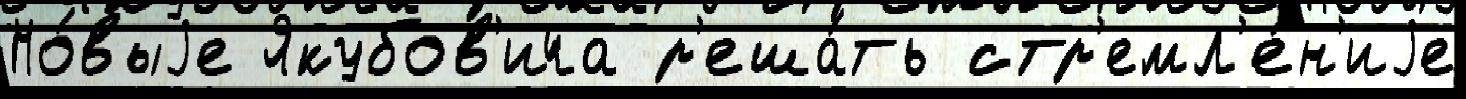
Но́выjе Якубов'ича р'еша́ть стр'емл'е́н'иjе